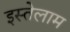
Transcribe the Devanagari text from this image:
इस्तेलाम